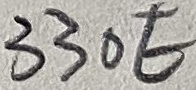
Text: 330E